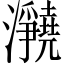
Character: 𪸊